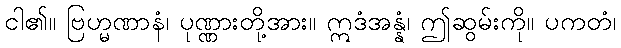
ငါ၏။ ဗြဟ္မဏာနံ၊ ပုဏ္ဏားတို့အား။ ဣဒံအန္နံ၊ ဤဆွမ်းကို။ ပကတံ၊